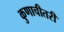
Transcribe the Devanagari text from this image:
कुणाचीतरी